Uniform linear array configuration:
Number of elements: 64
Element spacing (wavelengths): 0.25
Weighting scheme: blackman
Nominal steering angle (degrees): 60
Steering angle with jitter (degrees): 59.966
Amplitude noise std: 0.05
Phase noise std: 0.05

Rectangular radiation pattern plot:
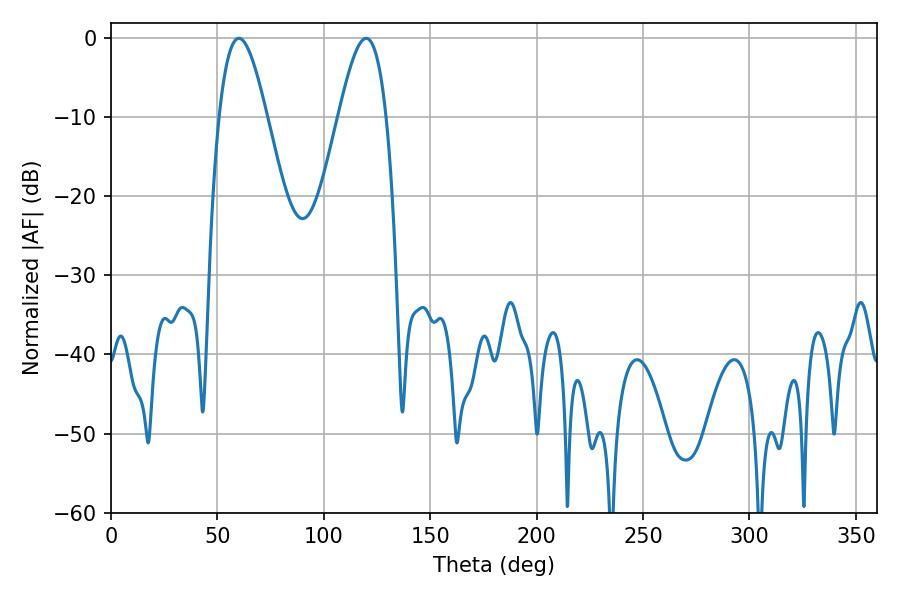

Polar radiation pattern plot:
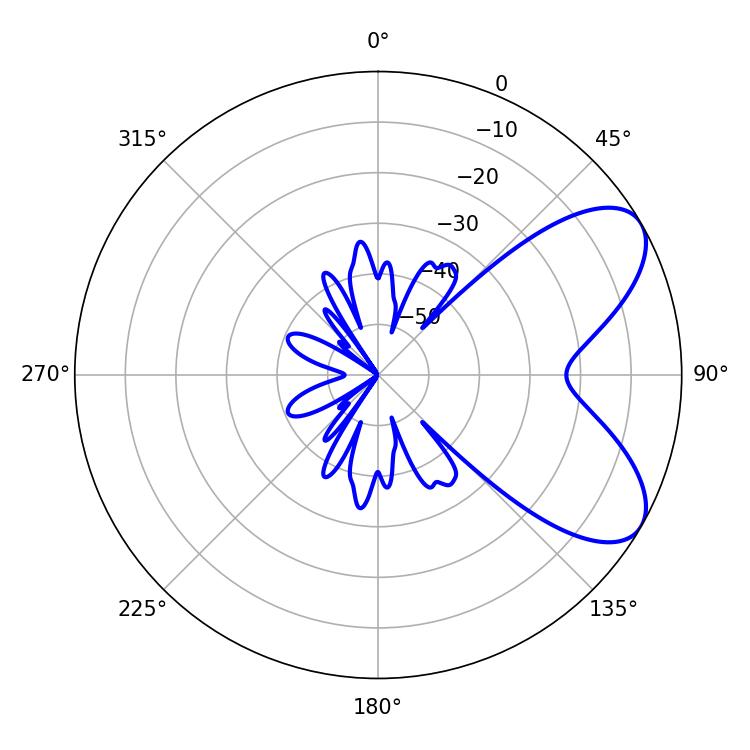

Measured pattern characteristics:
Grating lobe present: FALSE
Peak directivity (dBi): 6.935
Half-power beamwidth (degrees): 12.06
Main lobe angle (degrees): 60.12